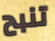
تنبح